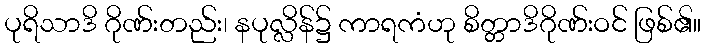
ပုရိသာဒိ ဂိုဏ်းတည်း၊ နပုလ္လိန်၌ ကာရကံဟု စိတ္တာဒိဂိုဏ်းဝင် ဖြစ်၏။